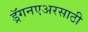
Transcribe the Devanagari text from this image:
ड्रॅगनएअरसाठी